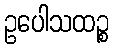
ဥပေါသထဉ္စ